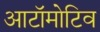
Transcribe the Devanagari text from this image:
आटॉमोटिव